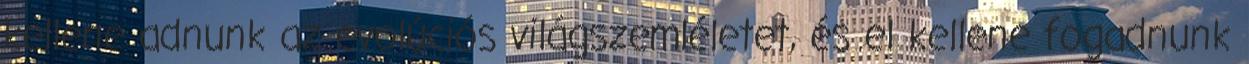
kellene adnunk az evolúciós világszemléletet, és el kellene fogadnunk